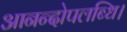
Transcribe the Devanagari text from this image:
आनन्दोपलब्धि।